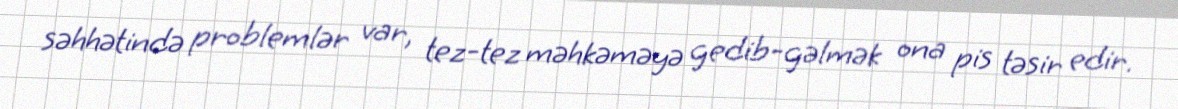
səhhətində problemlər var, tez-tez məhkəməyə gedib-gəlmək ona pis təsir edir.